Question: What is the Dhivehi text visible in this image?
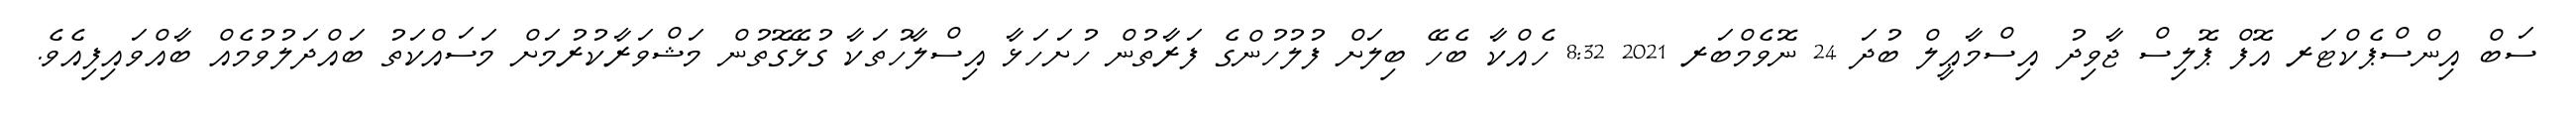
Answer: ސަބް އިންސްޕެކްޓަރ އޮފް ޕޮލިސް ޖާވިދު އިސްމާޢީލް ބުދަ 24 ނޮވެމްބަރ 2021 8:32 ހެއްކާ ބެހޭ ބިލަށް ފުލުހުންގެ ފަރާތުން ހުށަހަޅާ އިސްލާހުތަކާ ގުޅޭގޮތުން މަޝްވަރާކުރުމަށް މަސައްކަތު ބައްދަލުވުމެއް ބާއްވައިފިއެވެ.